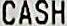
CASH